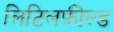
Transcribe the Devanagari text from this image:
लिटिलफ़ील्ड